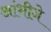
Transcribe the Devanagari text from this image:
आंभीने